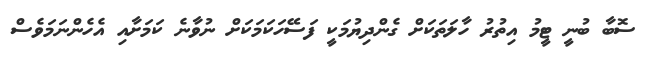
ސޮބާ ބުނީ ޓީމު އިތުރު ހާލަތަކަށް ގެންދިޔުމަކީ ފަސޭހަކަމަކަށް ނުވާނެ ކަމަށާއި އެހެންނަމަވެސް